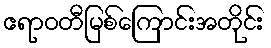
ဧရာဝတီမြစ်ကြောင်းအတိုင်း